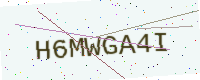
Text: H6MWGA4I